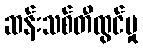
ဆန်းသစ်တီထွင်မှု